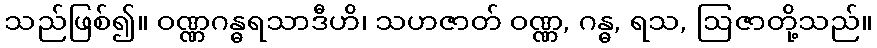
သည်ဖြစ်၍။ ဝဏ္ဏဂန္ဓရသာဒီဟိ၊ သဟဇာတ် ဝဏ္ဏ, ဂန္ဓ, ရသ, ဩဇာတို့သည်။